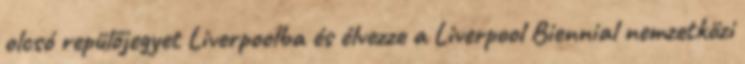
olcsó repülőjegyet Liverpoolba és élvezze a Liverpool Biennial nemzetközi